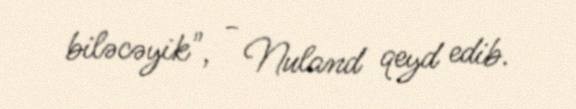
biləcəyik", - Nuland qeyd edib.